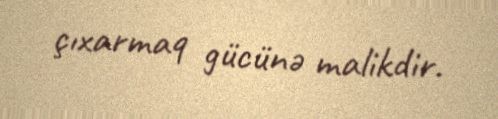
çıxarmaq gücünə malikdir.